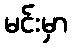
မင်းမှာ